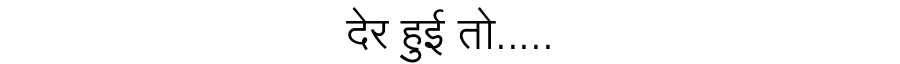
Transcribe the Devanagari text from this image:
देर हुई तो.....